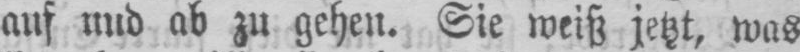
auf und ab zu gehen. Sie weiß jetzt, was